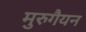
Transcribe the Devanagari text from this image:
मुरुगैयन